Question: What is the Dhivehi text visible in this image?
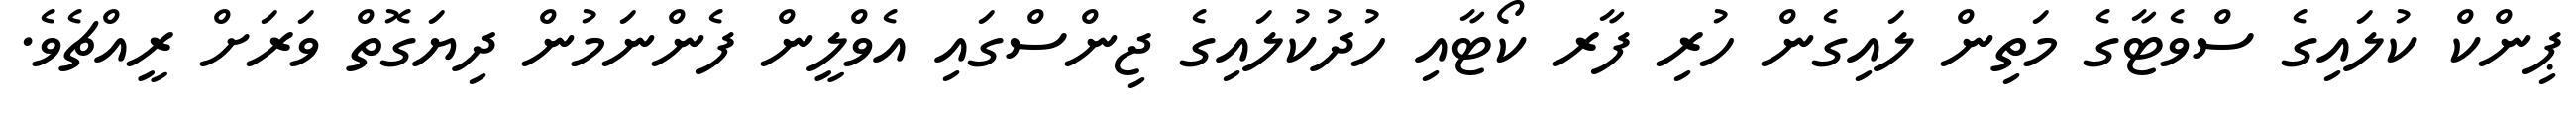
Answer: ޕިންކް ކުލައިގެ ސްވެޓާގެ މަތިން ލައިގެން ހުރި ފާރ ކޯޓާއި ހުދުކުލައިގެ ޖިންސްގައި އެވްލީން ފެންނަމުން ދިޔަގޮތް ވަރަށް ރީއްޗެވެ.